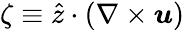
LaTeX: \zeta\equiv\widehat{z}\cdot(\nabla\times{\boldsymbol u})